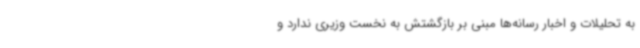
به تحلیلات و اخبار رسانه‌ها مبنی بر بازگشتش به نخست وزیری ندارد و